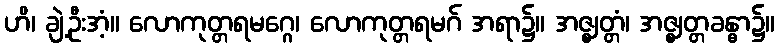
ဟိ၊ ချဲ့ဦးအံ့။ လောကုတ္တရမဂ္ဂေ၊ လောကုတ္တရမဂ် အရာ၌။ အဇ္ဈတ္တံ၊ အဇ္ဈတ္တခန္ဓာ၌။